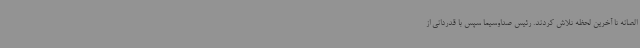
الصانه تا آخرین لحظه تلاش کردند. رئیس صداوسیما سپس با قدردانی از